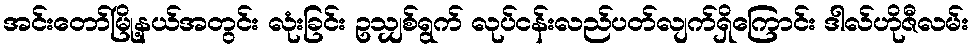
အင်းတော်မြို့နယ်အတွင်း လုံးခြင်း ဥသျှစ်ရွက် လုပ်ငန်းလည်ပတ်လျက်ရှိကြောင်း ဒါလ်ဟိုဇီလမ်း